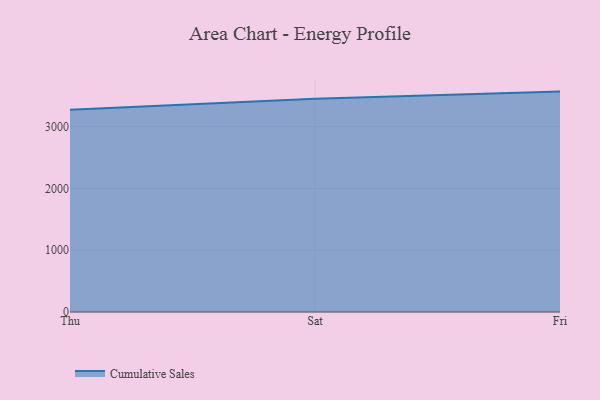
{"axis": {"x": "Day", "y": "Bounce Rate (%)"}, "legend": ["Cumulative Sales"], "data": [{"x": "Thu", "y": 3271.9, "type": "Cumulative Sales"}, {"x": "Sat", "y": 3451.7, "type": "Cumulative Sales"}, {"x": "Fri", "y": 3566.7, "type": "Cumulative Sales"}]}